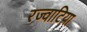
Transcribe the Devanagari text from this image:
रज्वाटिया